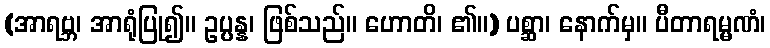
(အာရဗ္ဘ၊ အာရုံပြု၍။ ဥပ္ပန္န၊ ဖြစ်သည်။ ဟောတိ၊ ၏။) ပစ္ဆာ၊ နောက်မှ။ ပီတာရမ္မဏံ၊